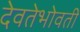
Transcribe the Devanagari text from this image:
देवतेभोवती